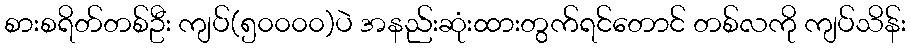
စားစရိတ်တစ်ဦး ကျပ်(၅၀၀၀၀)ပဲ အနည်းဆုံးထားတွက်ရင်တောင် တစ်လကို ကျပ်သိန်း